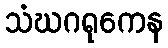
သံဃဂရုကေန